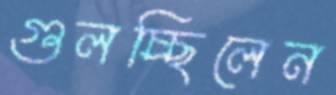
গুলচ্ছিলেন